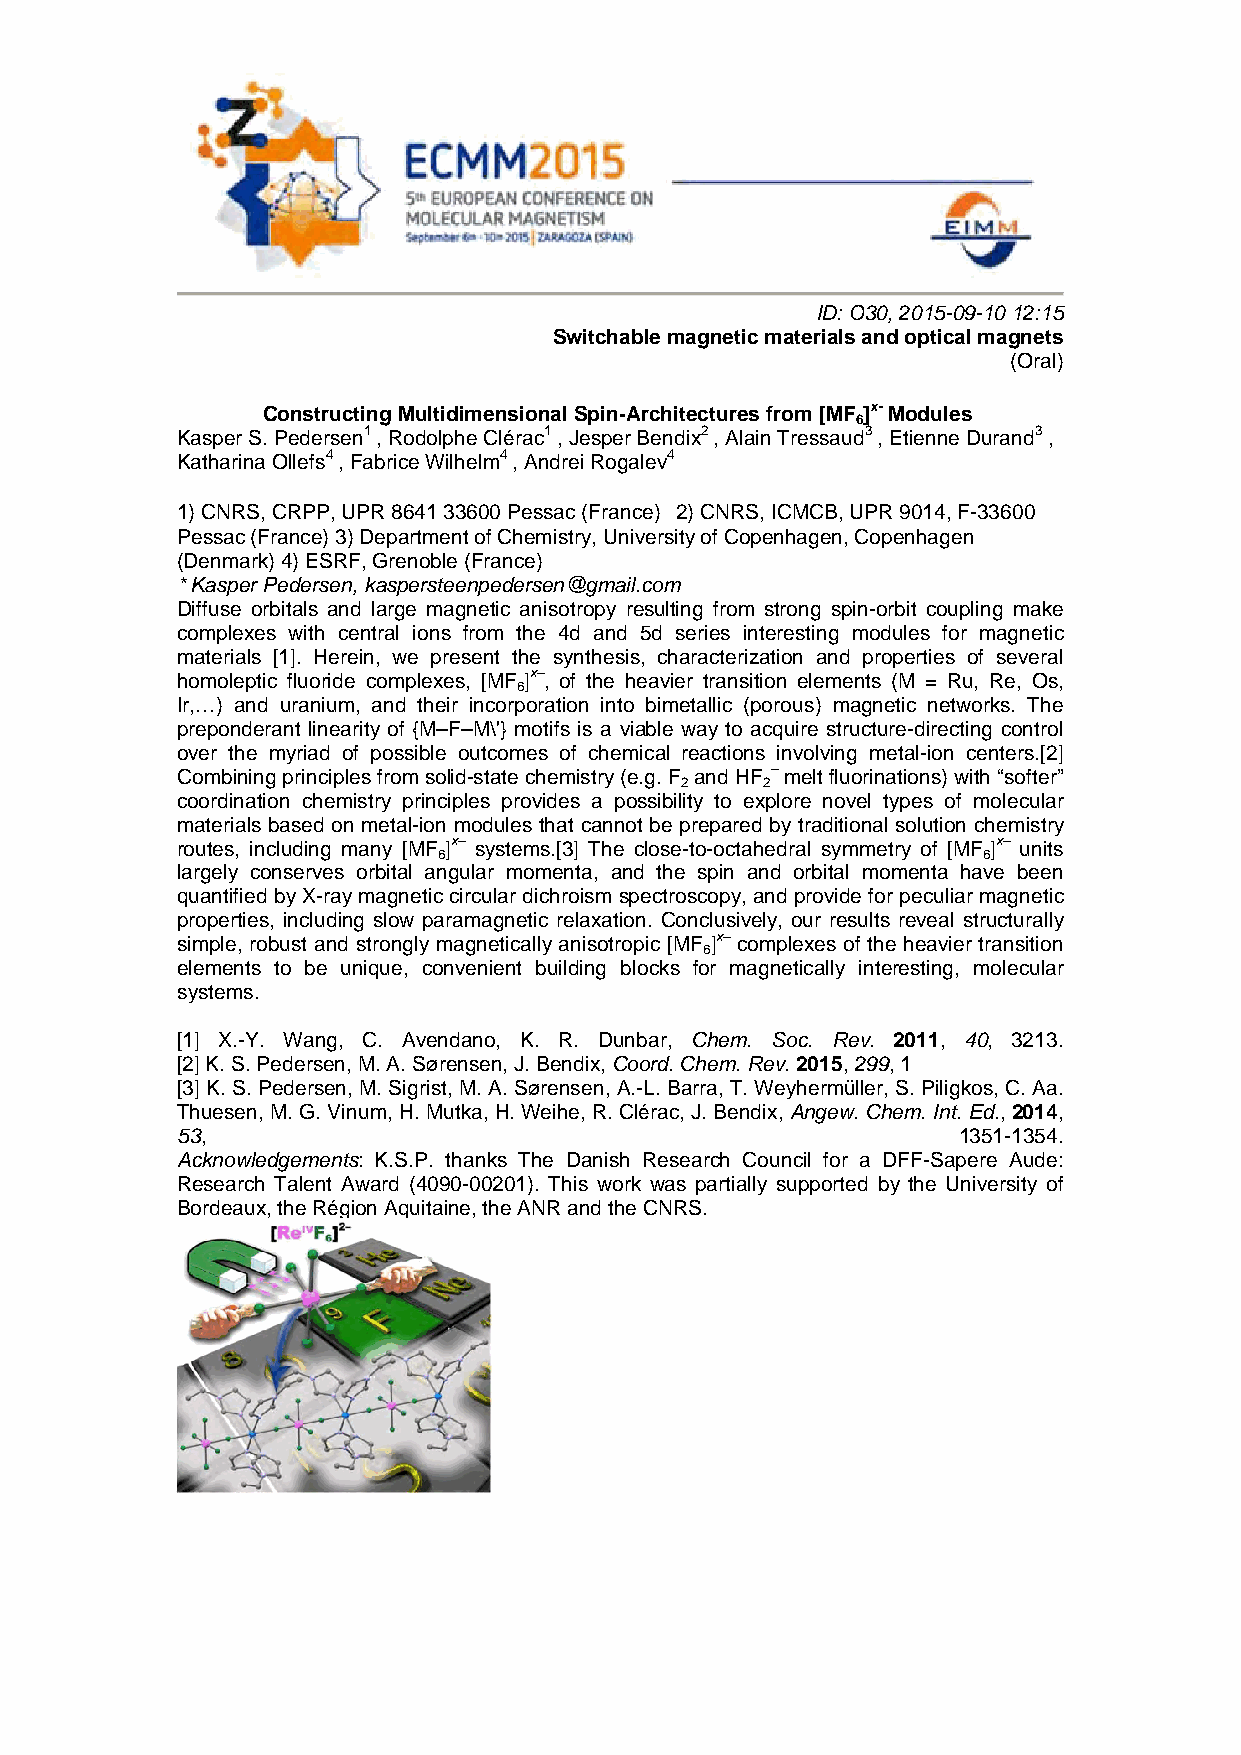
ID: O30, 2015-09-10 12:15
 Switchable magnetic materials and optical magnets
 (Oral)
 Constructing Multidimensional Spin-Architectures from [MF ]x- Modules
 6
 Kasper S. Pedersen1 , Rodolphe Clérac1 , Jesper Bendix2 , Alain Tressaud3 , Etienne Durand3 ,
 Katharina Ollefs4 , Fabrice Wilhelm4 , Andrei Rogalev4
 1) CNRS, CRPP, UPR 8641 33600 Pessac (France) 2) CNRS, ICMCB, UPR 9014, F-33600
 Pessac (France) 3) Department of Chemistry, University of Copenhagen, Copenhagen
 (Denmark) 4) ESRF, Grenoble (France)
 * Kasper Pedersen, kaspersteenpedersen@gmail.com
 Diffuse orbitals and large magnetic anisotropy resulting from strong spin-orbit coupling make
 complexes with central ions from the 4d and 5d series interesting modules for magnetic
 materials [1]. Herein, we present the synthesis, characterization and properties of several
 homoleptic fluoride complexes, [MF ]x–, of the heavier transition elements (M = Ru, Re, Os,
 6
 Ir,…) and uranium, and their incorporation into bimetallic (porous) magnetic networks. The
 preponderant linearity of {M–F–M\'} motifs is a viable way to acquire structure-directing control
 over the myriad of possible outcomes of chemical reactions involving metal-ion centers.[2]
 Combining principles from solid-state chemistry (e.g. F and HF – melt fluorinations) with “softer”
 2    2
 coordination chemistry principles provides a possibility to explore novel types of molecular
 materials based on metal-ion modules that cannot be prepared by traditional solution chemistry
 routes, including many [MF ]x– systems.[3] The close-to-octahedral symmetry of [MF ]x– units
 6                                   6
 largely conserves orbital angular momenta, and the spin and orbital momenta have been
 quantified by X-ray magnetic circular dichroism spectroscopy, and provide for peculiar magnetic
 properties, including slow paramagnetic relaxation. Conclusively, our results reveal structurally
 simple, robust and strongly magnetically anisotropic [MF ]x– complexes of the heavier transition
 6
 elements to be unique, convenient building blocks for magnetically interesting, molecular
 systems.
 [1] X.-Y. Wang, C. Avendano, K. R. Dunbar, Chem. Soc. Rev. 2011, 40, 3213.
 [2] K. S. Pedersen, M. A. Sørensen, J. Bendix, Coord. Chem. Rev. 2015, 299, 1
 [3] K. S. Pedersen, M. Sigrist, M. A. Sørensen, A.-L. Barra, T. Weyhermüller, S. Piligkos, C. Aa.
 Thuesen, M. G. Vinum, H. Mutka, H. Weihe, R. Clérac, J. Bendix, Angew. Chem. Int. Ed., 2014,
 53,                                                1351-1354.
 Acknowledgements: K.S.P. thanks The Danish Research Council for a DFF-Sapere Aude:
 Research Talent Award (4090-00201). This work was partially supported by the University of
 Bordeaux, the Région Aquitaine, the ANR and the CNRS.